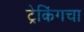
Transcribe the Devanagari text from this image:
ट्रेकिंगचा